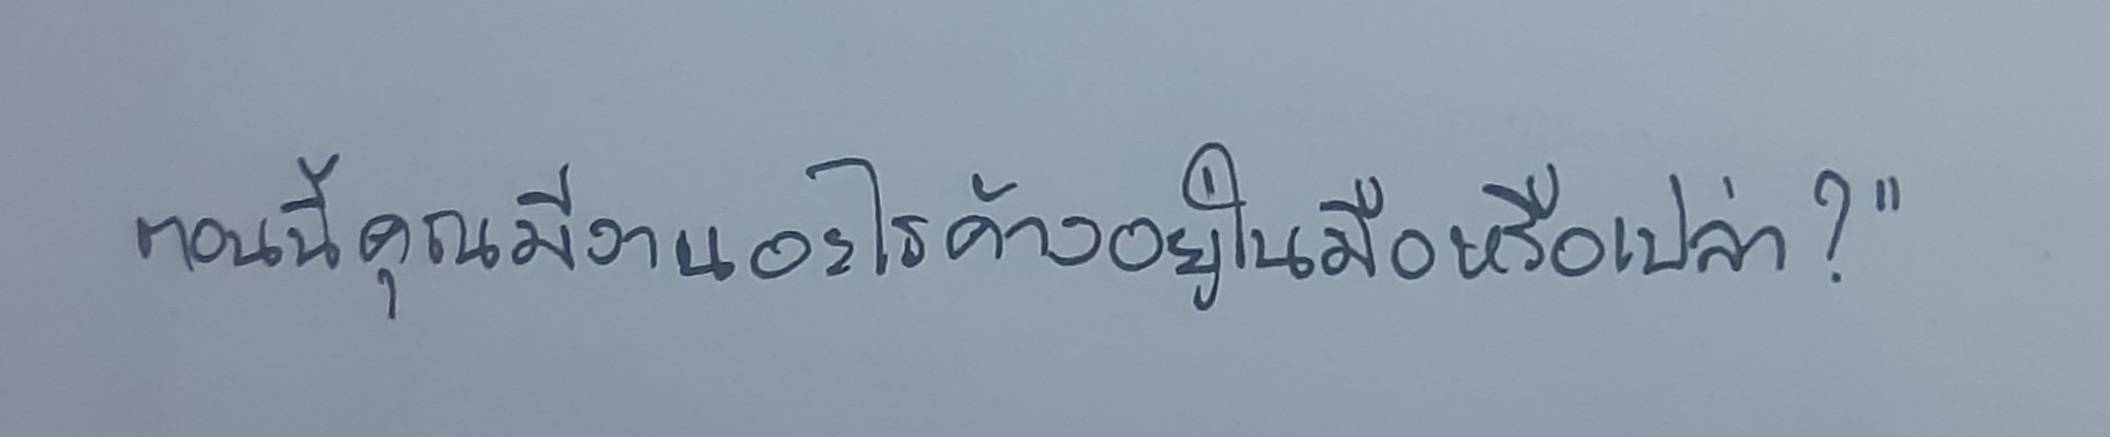
ตอนนี้คุณมีงานอะไรค้างอยู่ในมือหรือเปล่า?"